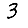
Digit: 3